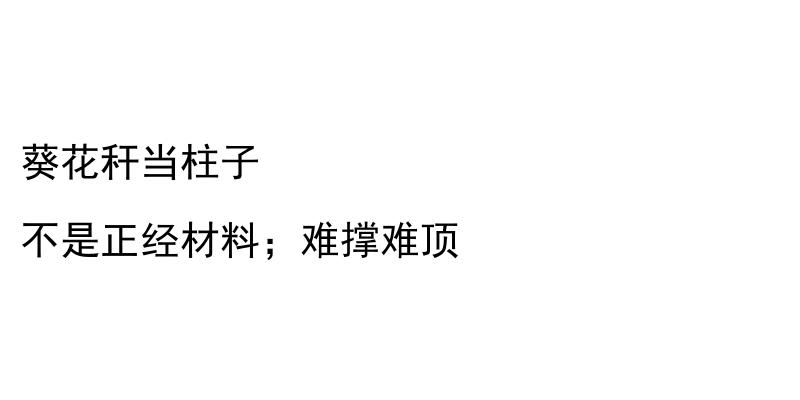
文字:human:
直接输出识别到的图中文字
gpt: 葵花秆当柱子 不是正经材料；难撑难顶